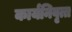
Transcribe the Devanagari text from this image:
कार्यनिवृत्त